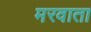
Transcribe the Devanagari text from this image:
मरवाता